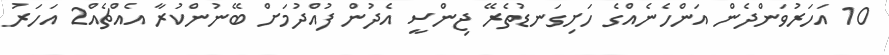
10 އަހަރުވަންދެން އަންހެނެއްގެ ހަށިގަނޑުތެރޭ ޖިންސީ އެދުން ފުއްދުމަށް ބޭނުންކުރާ އެއްޗެއް2 އަހަރު